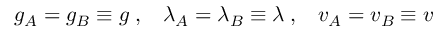
g _ { A } = g _ { B } \equiv g \; , \; \; \; \lambda _ { A } = \lambda _ { B } \equiv \lambda \; , \; \; \; v _ { A } = v _ { B } \equiv v